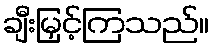
ချီးမြှင့်ကြသည်။